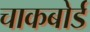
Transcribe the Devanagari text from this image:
चाकबोर्ड